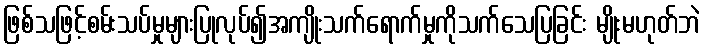
ဖြစ်သဖြင့်စမ်းသပ်မှုများပြုလုပ်၍အကျိုးသက်ရောက်မှုကိုသက်သေပြခြင်း မျိုးမဟုတ်ဘဲ